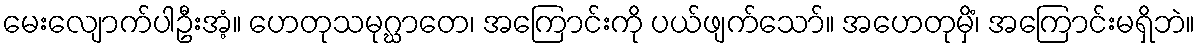
မေးလျောက်ပါဦးအံ့။ ဟေတုသမုဂ္ဃာတေ၊ အကြောင်းကို ပယ်ဖျက်သော်။ အဟေတုမှိံ၊ အကြောင်းမရှိဘဲ။